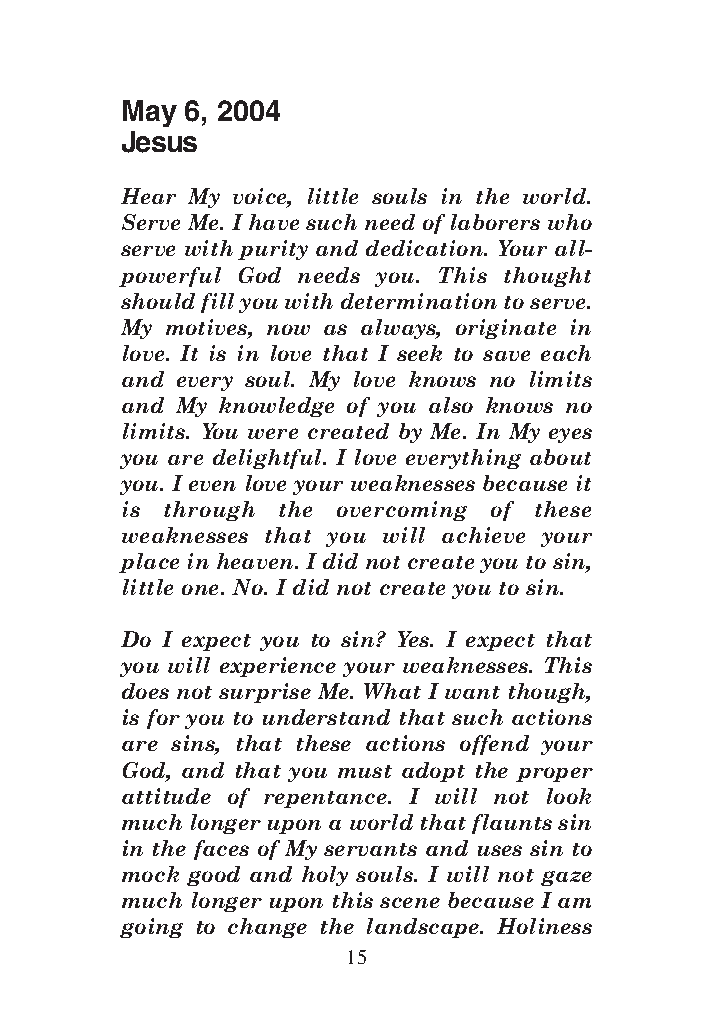
DFOT Vol 5 No App_1 12/3/13 8:54 PM Page 15
 May 6, 2004
 Jesus
 Hear My voice, little souls in the world.
 Serve Me. I have such need of laborers who
 serve with purity and dedication. Your all-
 powerful God needs you. This thought
 should fill you with determination to serve.
 My motives, now as always, originate in
 love. It is in love that I seek to save each
 and every soul. My love knows no limits
 and My knowledge of you also knows no
 limits. You were created by Me. In My eyes
 you are delightful. I love everything about
 you. I even love your weaknesses because it
 is through the overcoming of these
 weaknesses that you will achieve your
 place in heaven. I did not create you to sin,
 little one. No. I did not create you to sin.
 Do I expect you to sin? Yes. I expect that
 you will experience your weaknesses. This
 does not surprise Me. What I want though,
 is for you to understand that such actions
 are sins, that these actions offend your
 God, and that you must adopt the proper
 attitude of repentance. I will not look
 much longer upon a world that flaunts sin
 in the faces of My servants and uses sin to
 mock good and holy souls. I will not gaze
 much longer upon this scene because I am
 going to change the landscape. Holiness
 15